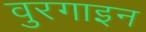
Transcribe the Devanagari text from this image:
वुरगाइन